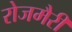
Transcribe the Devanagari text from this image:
रोजमैरी